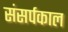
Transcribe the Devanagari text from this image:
संसर्पकाल